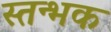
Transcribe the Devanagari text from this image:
स्तन्भक